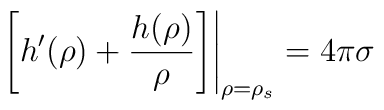
\left. \left[ h^\prime(\rho) + \frac{h(\rho)}{\rho}\right]\right|_{\rho=\rho_s} = 4\pi\sigma